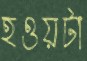
হওয়টা